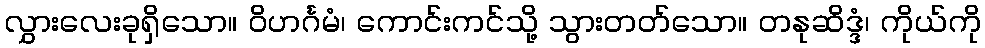
လွှားလေးခုရှိသော။ ဝိဟင်္ဂမံ၊ ကောင်းကင်သို့ သွားတတ်သော။ တနုဆိဒ္ဒံ၊ ကိုယ်ကို